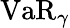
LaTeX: \operatorname{VaR}_{\gamma}